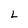
Character: L